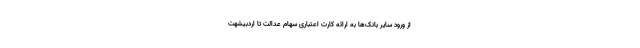
از ورود سایر بانک‌ها به ارائه کارت اعتباری سهام عدالت تا اردبیشهت